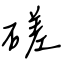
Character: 磋